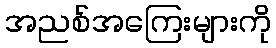
အညစ်အကြေးများကို